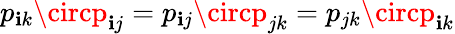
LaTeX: p_{\mathbf{i}k}\circp_{\mathbf{i}j}=p_{\mathbf{i}j}\circp_{jk}=p_{jk}\circp_{\mathbf{i}k}